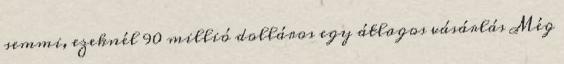
semmi, ezeknél 90 millió dolláros egy átlagos vásárlás Még